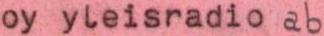
oy yleisradio ab